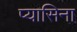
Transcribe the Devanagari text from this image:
प्यासिना